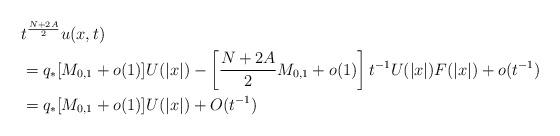
LaTeX: \begin{align*} & t^{\frac{N+2A}{2}}u(x,t)\\ & =q_*[M_{0,1}+o(1)]U(|x|)-\left[\frac{N+2A}{2}M_{0,1}+o(1)\right]t^{-1}U(|x|)F(|x|)+o(t^{-1})\\ & =q_*[M_{0,1}+o(1)]U(|x|)+O(t^{-1})\end{align*}